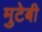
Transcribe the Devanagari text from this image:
मुटेबी